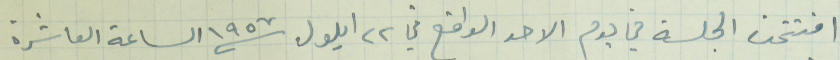
افتتحت الجلسة في يوم الاحد الواقع فيه ٢٢ ايلول ١٩٥٧ الساعة العاشرة